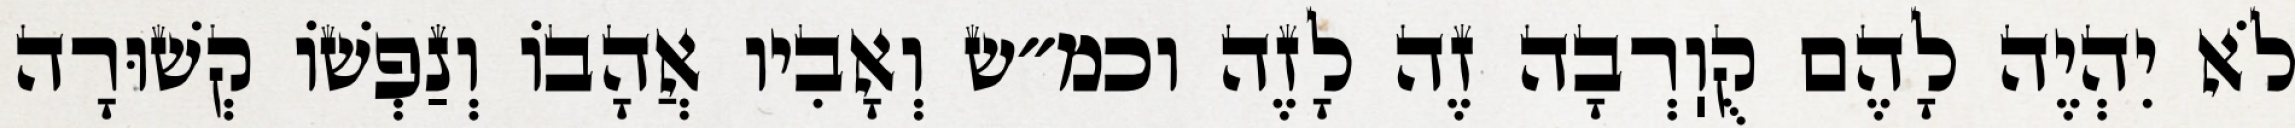
לֹא יִהְיֶה לָהֶם קֻוֽרְבָה זֶה לָזֶה וכמ״ש וְאָבִיו אֲהָבוֹ וְנַפְשׁוֹ קְשׁוּרָה